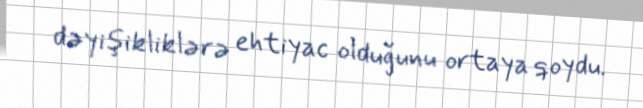
dəyişikliklərə ehtiyac olduğunu ortaya qoydu.